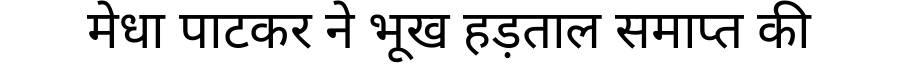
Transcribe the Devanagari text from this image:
मेधा पाटकर ने भूख हड़ताल समाप्त की